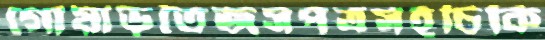
গোয়াড়তৈজসপত্রসহচিকি